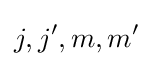
j,j^{\prime },m,m^{\prime }